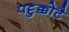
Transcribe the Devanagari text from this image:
पट्टुक्कोटै